Vaccination North-Western Provinces 1866-1877 - 1866-1877
Year: 1866
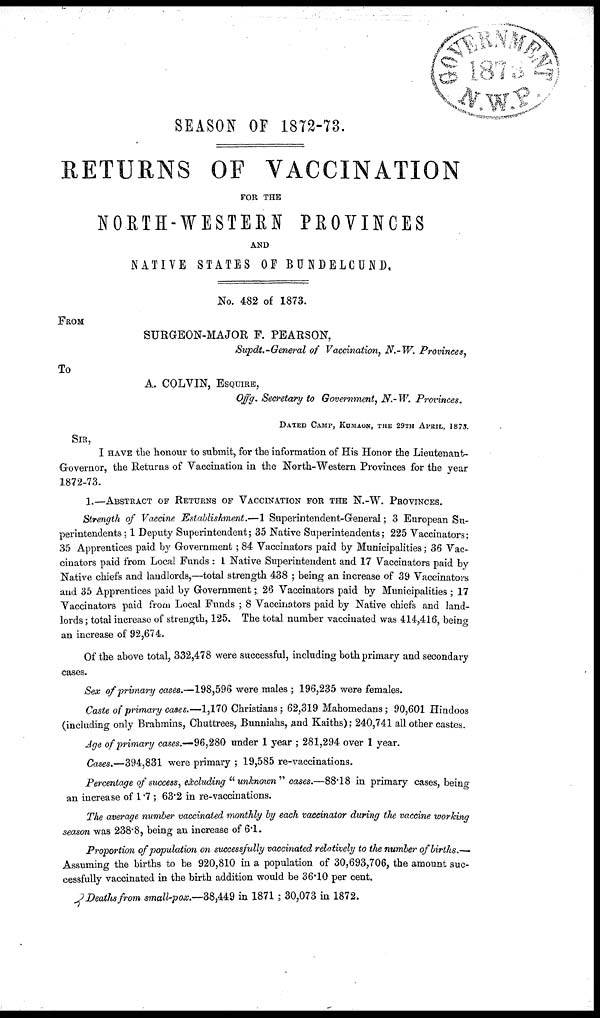
SEASON OF 1872-73.
RETURNS OF VACCINATION
FOR THE
NORTH-WESTERN
PROVINCES
AND
NATIVE STATES OF BUNDELCUND.
No. 482 of 1873.
FROM
SURGEON-MAJOR F. PEARSON,
Supdt.-General of Vaccination, N.-W. Provinces,
To
A. COLVIN, ESQUIRE,
Offg. Secretary to Government, N.-W. Provinces.
DATED CAMP, KUMAON, THE 29TH APRIL, 1873.
SIR,
I HAVE the honour to submit, for the information of His Honor the Lieutenant¬
Governor, the Returns of Vaccination in the North-Western Provinces for the year
1872-73.
1.—ABSTRACT OF RETURNS OF VACCINATION FOR THE N.-W. PROVINCES.
Strength of Vaccine Establishment.—1 Superintendent-General; 3 European Su-
perintendents ; 1 Deputy Superintendent; 35 Native Superintendents; 225 Vaccinators;
35 Apprentices paid by Government ; 84 Vaccinators paid by Municipalities; 36 Vac-
cinators paid from Local Funds : 1 Native Superintendent and 17 Vaccinators paid by
Native chiefs and landlords,—total strength 438 ; being an increase of 39 Vaccinators
and 35 Apprentices paid by Government ; 26 Vaccinators paid by Municipalities ; 17
Vaccinators paid from Local Funds ; 8 Vaccinators paid by Native chiefs and land-
lords ; total increase of strength, 125. The total number vaccinated was 414,416, being
an increase of 92,674.
Of the above total, 332,478 were successful, including both primary and secondary
cases.
Sex of primary cases.—198,596 were males ; 196,235 were females.
Caste of primary cases.—1,170 Christians; 62,319 Mahomedans ; 90,601 Hindoos
(including only Brahmins, Chuttrees, Bunniahs, and Kaiths); 240,741 all other castes.
Age of primary cases.—96,280 under 1 year ; 281,294 over 1 year.
Cases.—394,831 were primary ; 19,585 re-vaccinations.
Percentage of success, excluding "unknown" cases.—88.18 in primary cases, being
an increase of 1.7 ; 63.2 in re-vaccinations.
The average number vaccinated monthly by each vaccinator during the vaccine working
season was 238.8, being an increase of 6.1.
Proportion of population on successfully vaccinated relatively to the number of births.—
Assuming the births to be 920,810 in a population of 30,693,706, the amount suc-
cessfully vaccinated in the birth addition would be 36.10 per cent.
Deaths from small-pox.—38,449 in 1871 ; 30,073 in 1872.